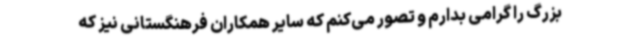
بزرگ را گرامی بدارم و تصور می‌کنم که سایر همکاران فرهنگستانی نیز که